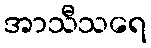
အာသီသရေ